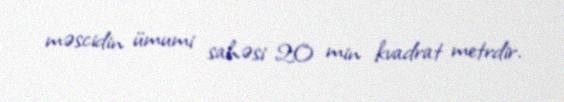
məscidin ümumi sahəsi 20 min kvadrat metrdir.